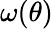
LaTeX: \omega(\theta)